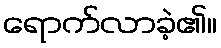
ရောက်လာခဲ့၏။